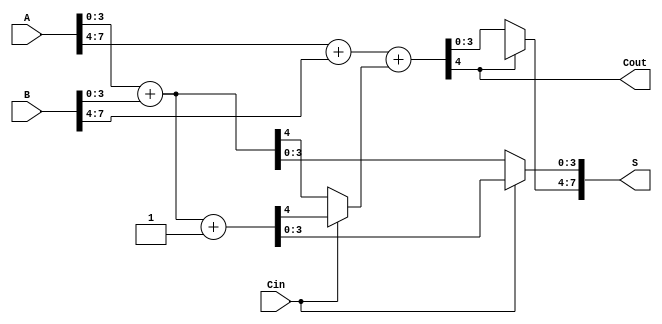
module CarrySelectAdder (
    input [7:0] A,        // 8-bit input A
    input [7:0] B,        // 8-bit input B
    input Cin,            // Carry-in
    output [7:0] S,       // 8-bit sum output
    output Cout           // Carry-out
);

    wire [3:0] A0 = A[3:0];    // Lower 4 bits of A
    wire [3:0] A1 = A[7:4];    // Upper 4 bits of A
    wire [3:0] B0 = B[3:0];    // Lower 4 bits of B
    wire [3:0] B1 = B[7:4];    // Upper 4 bits of B

    // Sums and carries for the first block (A0 + B0)
    wire [4:0] S0, S0_Carry, S0_Carry1; // 5 bits to hold carry
    assign S0 = A0 + B0;         // Sum with Cin = 0
    assign S0_Carry = S0[4];     // Carry out from A0 + B0

    wire [4:0] S0_1, S0_1_Carry;
    assign S0_1 = A0 + B0 + 1;   // Sum with Cin = 1
    assign S0_1_Carry = S0_1[4]; // Carry out from A0 + B0 + 1

    // Sums and carries for the second block (A1 + B1)
    wire [4:0] S1, S1_Carry, S1_Carry1; // 5 bits to hold carry
    assign S1 = A1 + B1 + (Cin ? S0_1_Carry : S0_Carry); // Carry-in from previous block
    assign S1_Carry = S1[4];     // Carry out for A1 + B1 + Cin

    wire [7:0] S_final;          // Final sum output
    assign S_final[3:0] = (Cin ? S0_1[3:0] : S0[3:0]); // Select lower sum based on Cin
    assign S_final[7:4] = (S1_Carry ? S1_1[3:0] : S1[3:0]); // Select upper sum based on S1_Carry

    assign S = S_final;          // Assign final sum output
    assign Cout = S1_Carry;      // Final carry-out

endmodule